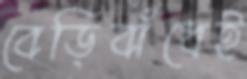
বেড়িবাঁধেই